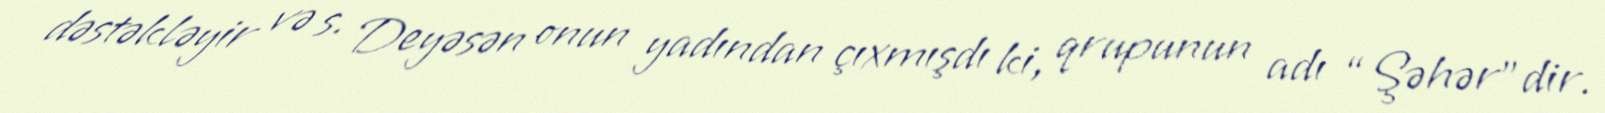
dəstəkləyir və s. Deyəsən onun yadından çıxmışdı ki, qrupunun adı “Şəhər”dir.